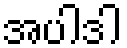
အပါဒါ